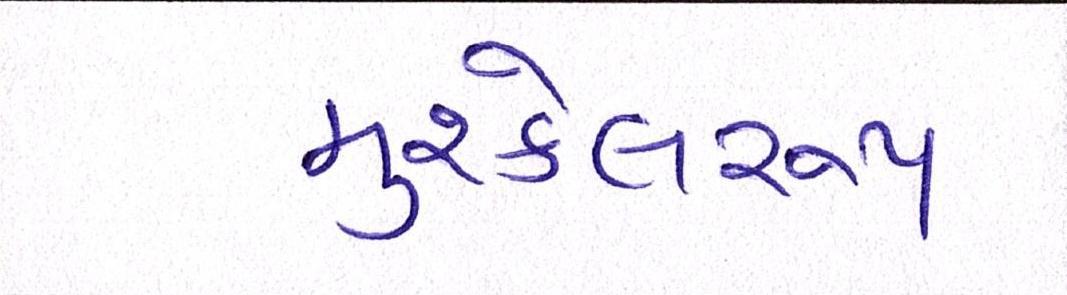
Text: મુશ્કેલરૂપ